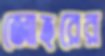
জোহরের